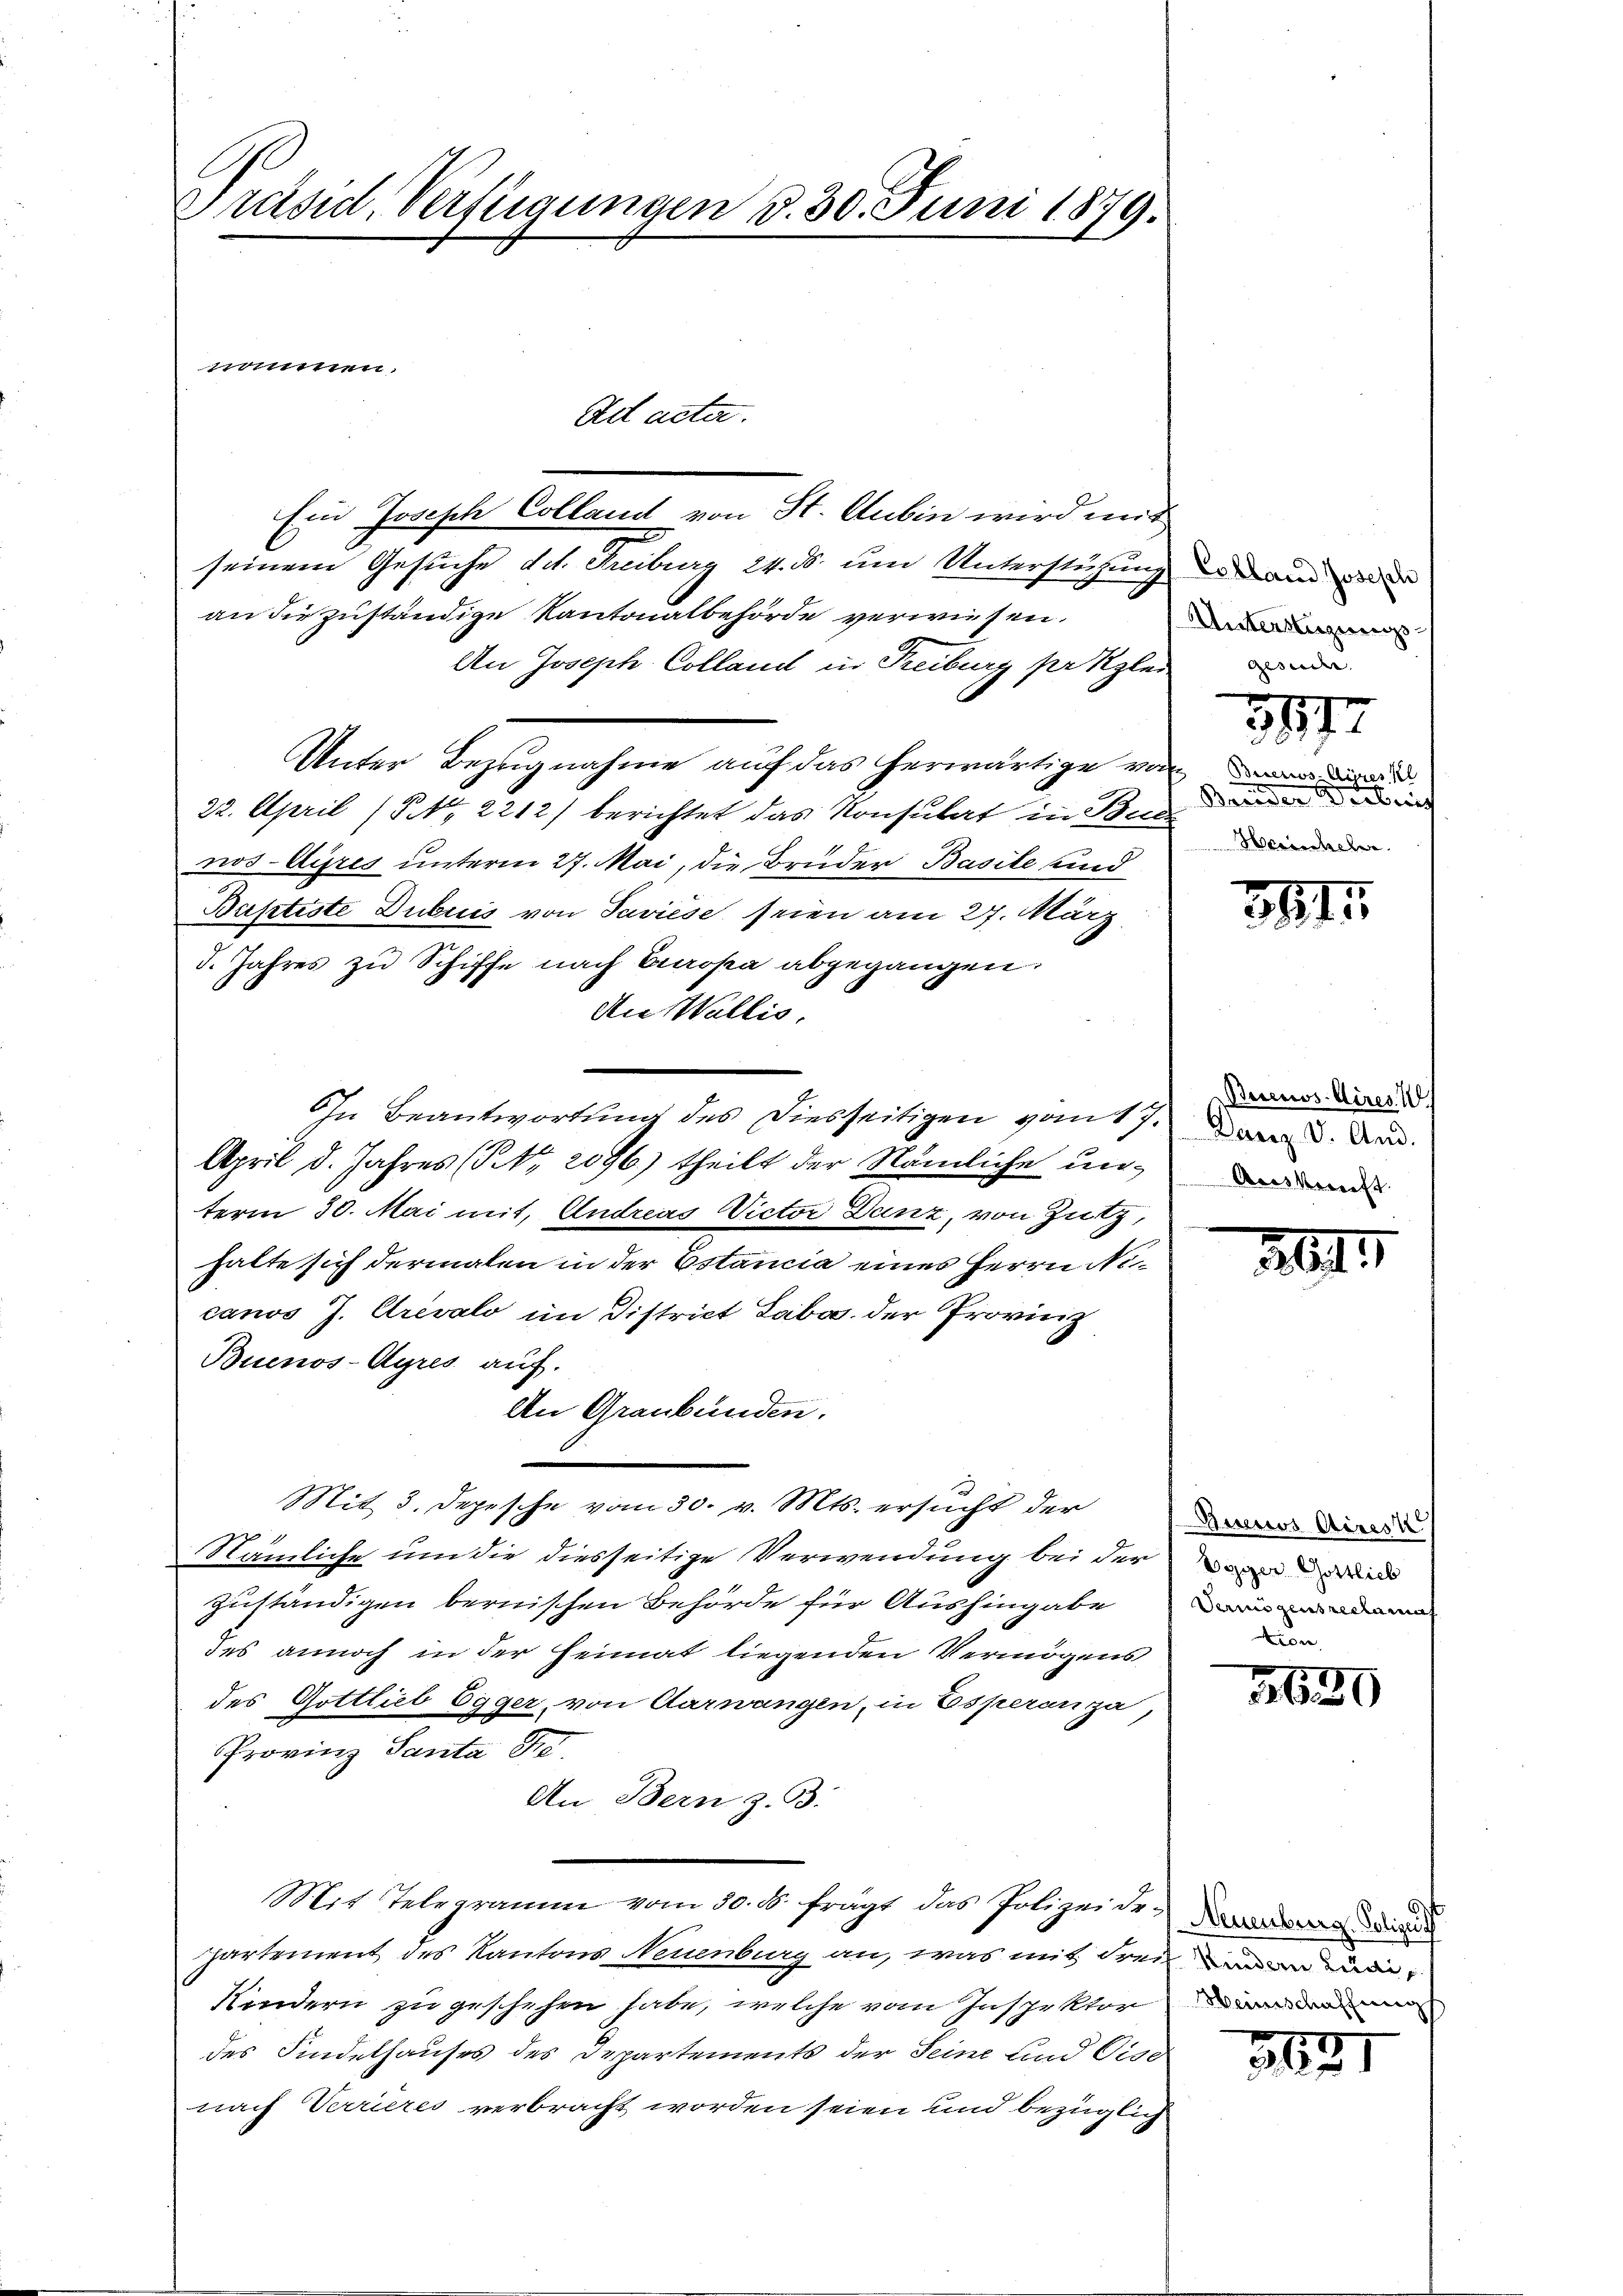
Präsid. Verfügungen d. 30. Juni 1879.

Ein Joseph Colland von St. Aubin wird mit
seinem Gesuche det. Freiburg 24. ds. um Unterstützung die und der
an die zuständige Kantonalbehörde verwiesen.
An Joseph Colland in Treiburg pr klei
Unter Bezugnahme auf das herwärtige von den
22. April (§ NNo. 2212) berichtet das Konsulat in Beis
nos-Eisres unterm 27. Mai, die Bruder Basile und
Baptiste Dubuis von Javiese seien am 27. März
5. Jahres zu Schiffe nach Europa abgegangen.
An Wallis,
April d. Jahres (Nr. 2096) theilt der Nämliche unterm 30. Mai mit, Andreas Victor Danz, von Zutz,
halte sich dermalen in der Estancia eines Herrn Nocanos J. Crevalo im District Laba. der Provinz
Buenos-Ayres auf.
An Graubünden.
Mit 3. Depesche vom 30. v. Mts. ersucht der
Nämliche um die diesseitige Verwendung bei der andel
zuständigen bernischen Behörde für Aushingaben
des annoch in der Heimat liegenden Vermögens
des Gottlieb Egger, von Aarwangen, in Esperanza,
Provinz Santa Se.
An Bern z. B.
Mit Telegramm vom 30. ds. frägt das Polizeidepartement des Kantons Neuenburg an, was mit drei un
Kindern zu geschehen habe, welche vom Inspektor der
des Findelhauses des Departements der Seine und Eise
nach Verrieres verbracht worden seien und bezüglich

nommen.

Ad acta.

In Beantwortung des Diesseitigen vom 17.

Unterstüzungs¬
Gunder. |

3877

Breeder Verbrin
Herischehen.

3811.

Becccios Aires. I
Danz. V. And.
Acesberecht.

30

Aunos Airesk
Lion,

3620

Neuenburg. Polizei

7
342